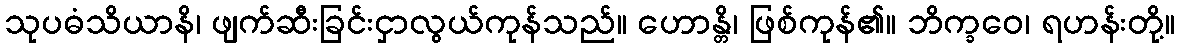
သုပဓံသိယာနိ၊ ဖျက်ဆီးခြင်းငှာလွယ်ကုန်သည်။ ဟောန္တိ၊ ဖြစ်ကုန်၏။ ဘိက္ခဝေ၊ ရဟန်းတို့။